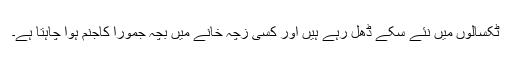
ٹکسالوں میں نئے سکے ڈھل رہے ہیں اور کسی زچہ خانے میں بچہ جمورا کاجنم ہوا چاہتا ہے۔